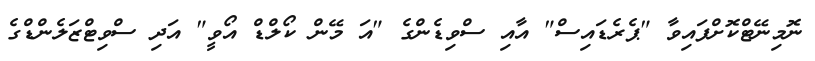
ނޮމިނޭޓްކޮށްފައިވާ "ޕެރެޑައިސް" އާއި ސްވިޑެންގެ "އަ މޭން ކޯލްޑް އޯވީ" އަދި ސްވިޓްޒަލެންޑްގެ